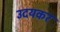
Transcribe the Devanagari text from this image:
उदयकर